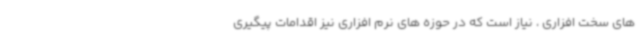
های سخت افزاری ، نیاز است که در حوزه های نرم افزاری نیز اقدامات پیگیری